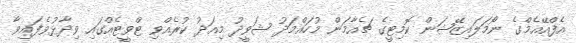
އެފްއޭއެމްގެ ނޯމަލައިޒޭޝަން ކޮމިޓީގެ ޗެއާާމަން މުހައްމަދު ޝަވީދު މިއަދު ކުރެެއްވި ޓްވީޓެއްގައި ވިދާޅުވެފައިވާ